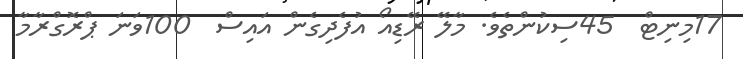
17މިނިޓް  45ސިކުންތެވެ. މާލޭ ރޭޑިއޯ އުފެދިގެން އައިސް  100ވަނަ ޕްރޮގްރާމާ